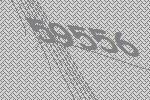
59556